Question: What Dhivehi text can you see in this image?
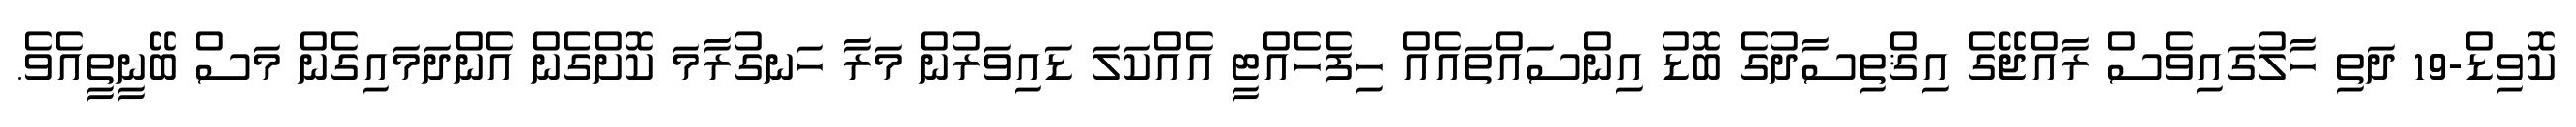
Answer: ކޮވިޑް-19 ދަތި ހާލުގައިވެސް ރާއްޖޭގެ އިޤްތިސާދުގެ ބޮޑު އިންސައްތައެއް ހިފެހެއްޓީ އެއްކަލަ ޑައިވަރުން މަރާ ހަނގުރާމަ ކޮށްގެން އެންދަމައިގެން މަސް ބޭނީތީއެވެ.